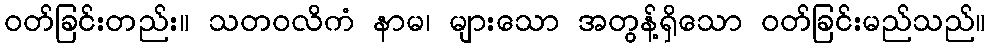
ဝတ်ခြင်းတည်း။ သတဝလိကံ နာမ၊ များသော အတွန့်ရှိသော ဝတ်ခြင်းမည်သည်။